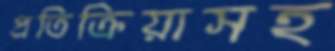
প্রতিক্রিয়াসহ